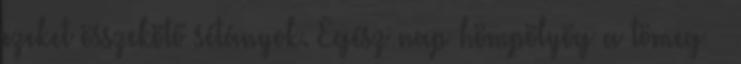
ezeket összekötő sétányok. Egész nap hömpölyög a tömeg –